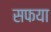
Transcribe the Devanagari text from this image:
सफया